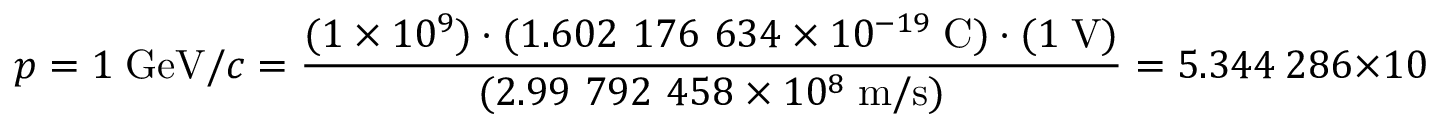
p = 1 \; { \mathrm { G e V } } / c = { \frac { ( 1 \times 1 0 ^ { 9 } ) \cdot ( 1 . 6 0 2 \ 1 7 6 \ 6 3 4 \times 1 0 ^ { - 1 9 } \; { \mathrm { C } } ) \cdot ( 1 \; { \mathrm { V } } ) } { ( 2 . 9 9 \ 7 9 2 \ 4 5 8 \times 1 0 ^ { 8 } \; { \mathrm { m } } / { \mathrm { s } } ) } } = 5 . 3 4 4 \ 2 8 6 \times 1 0 ^ { - 1 9 } \; { \mathrm { k g } } \cdot { \mathrm { m } } / { \mathrm { s } } .